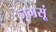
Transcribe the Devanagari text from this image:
जगसूं